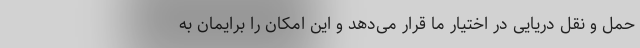
حمل و نقل دریایی در اختیار ما قرار می‌دهد و این امکان را برایمان به